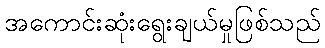
အကောင်းဆုံးရွေးချယ်မှုဖြစ်သည်